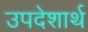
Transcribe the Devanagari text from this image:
उपदेशार्थ